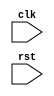
module divider4(
           input clk,
           input rst
       );

parameter div3 = 3;
parameter div1 = 1; //div1= (div3-1)/2

reg [1:0] cnt;
reg clk_div3,clk_div3_save;
wire clk_div3_50;

always@(posedge clk , posedge rst)
begin
    if(rst)
    begin
        cnt <= 2'd0;
    end
    else
    begin
        if(cnt == div3-1)
        begin
            cnt <= 2'd0;
        end
        else
        begin
            cnt <= cnt + 2'd1;
        end
    end
end

always@(posedge clk, posedge rst)
begin
    if(rst)
    begin
        clk_div3 <= 1'd0;
    end
    else
    begin
        if((cnt == div1-1) | (cnt == div3-1))
        begin
            clk_div3 <= !clk_div3;
        end
        else
        begin
            clk_div3 <= clk_div3;
        end
    end
end

always@(negedge clk,posedge rst)
begin
    if(rst)
    begin
        clk_div3_save <= 1'd0;
    end
    else
    begin
        clk_div3_save <= clk_div3;
    end
end

assign clk_div3_50 = clk_div3 & clk_div3_save;

endmodule